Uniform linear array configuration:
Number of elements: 48
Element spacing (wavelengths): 1
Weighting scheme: blackman
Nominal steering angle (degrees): -60
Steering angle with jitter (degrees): -59.813
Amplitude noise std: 0.05
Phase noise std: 0.05

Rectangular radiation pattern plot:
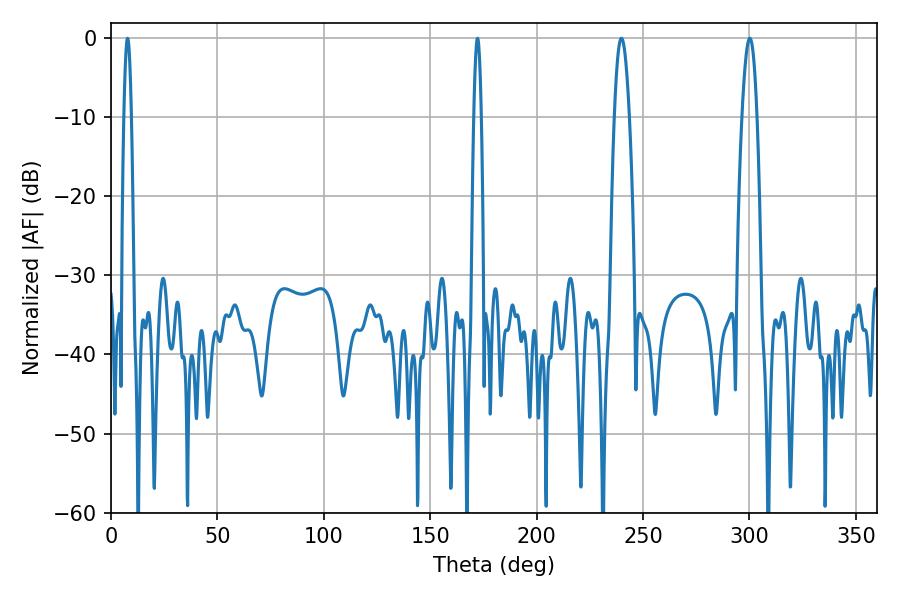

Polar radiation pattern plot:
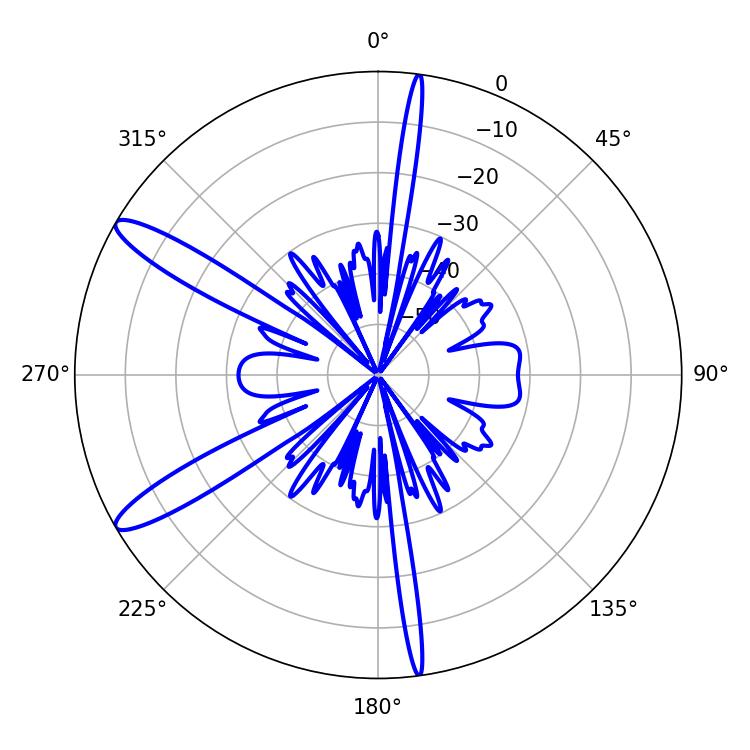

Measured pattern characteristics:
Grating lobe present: TRUE
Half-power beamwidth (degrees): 3.78
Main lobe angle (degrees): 300.24